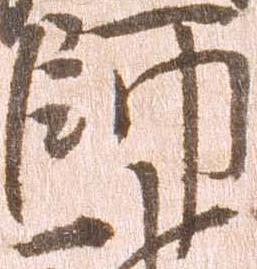
師